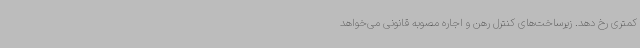
کمتری رخ دهد. زیرساخت‌های کنترل رهن و اجاره مصوبه قانونی می‌خواهد